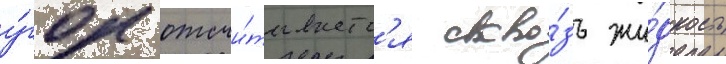
у́гол отсчи́тываетс'я скво́зь жи́дкость